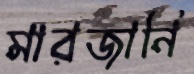
মারজানি